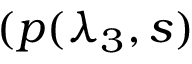
( p ( \lambda _ { 3 } , s )